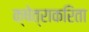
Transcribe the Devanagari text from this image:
क्षेत्राकरिता